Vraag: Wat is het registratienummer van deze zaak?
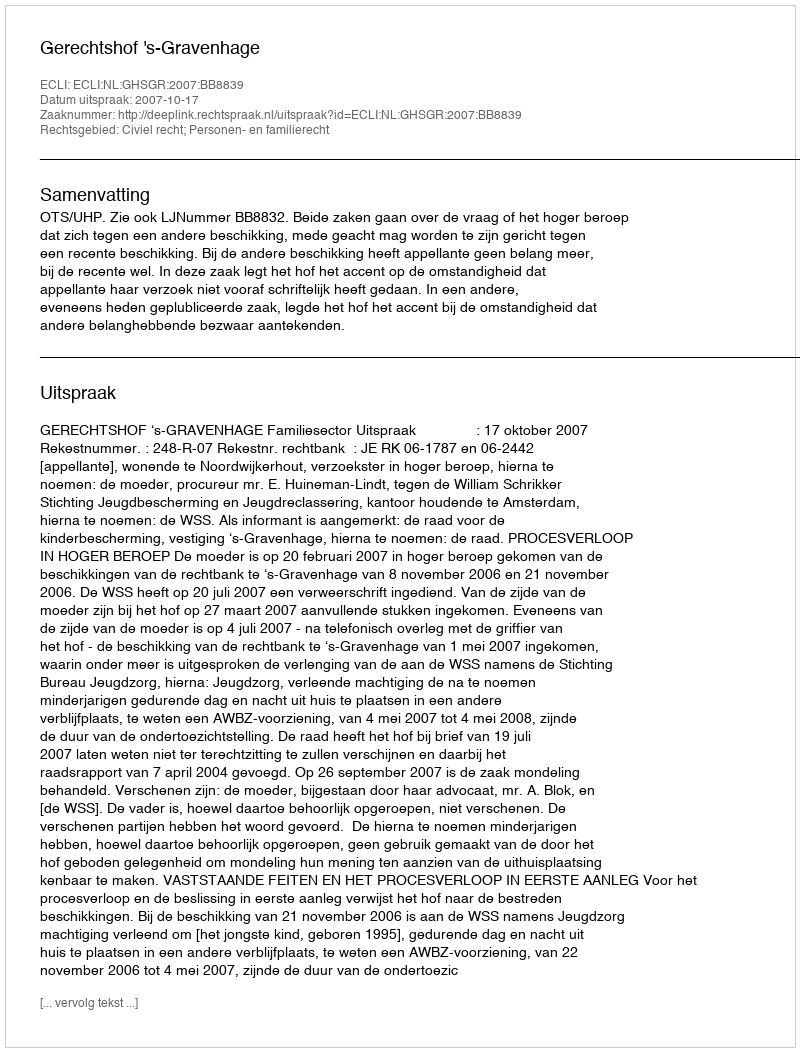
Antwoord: http://deeplink.rechtspraak.nl/uitspraak?id=ECLI:NL:GHSGR:2007:BB8839